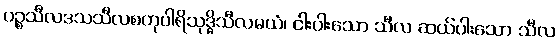
ပဉ္စသီလဒသသီလစတုပါရိသုဒ္ဓိသီလမယံ၊ ငါးပါးသော သီလ ဆယ်ပါးသော သီလ